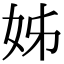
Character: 姊